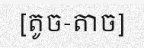
[តូច-តាច]